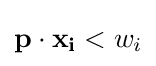
\mathbf {p} \cdot \mathbf {x_{i}} <w_{i}